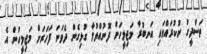
ތަސްދީގު ނުކުރައްވައި އަނބުރާ މަޖިލީހަށް ފޮނުއްވުމާ ގުޅިގެން ދެވަނަ ފަހަރަށް މަޖިލީހުން އެ